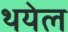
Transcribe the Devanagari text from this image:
थयेल